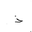
Letter: _thal